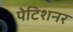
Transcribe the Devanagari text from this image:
पेटिशनर